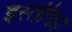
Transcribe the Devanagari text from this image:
इस्‍तीफ़ा